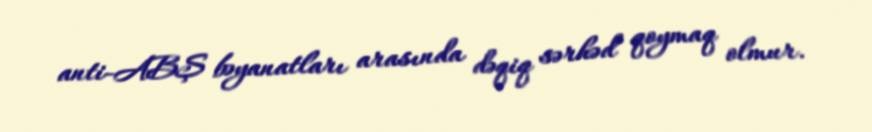
anti-ABŞ bəyanatları arasında dəqiq sərhəd qoymaq olmur.